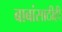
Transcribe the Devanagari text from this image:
बाबांसाठीही